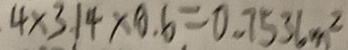
4 \times 3 . 1 4 \times 0 . 6 = 0 . 7 5 3 6 m ^ { 2 }